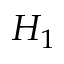
H _ { 1 }